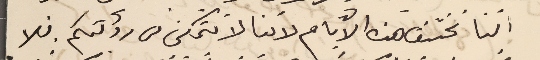
اننا نختنق هذه الأيام لاننا لا نتمكن من رؤيتكم. فلا